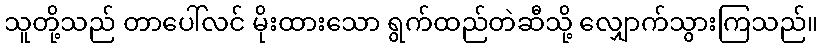
သူတို့သည် တာပေါ်လင် မိုးထားသော ရွက်ထည်တဲဆီသို့ လျှောက်သွားကြသည်။